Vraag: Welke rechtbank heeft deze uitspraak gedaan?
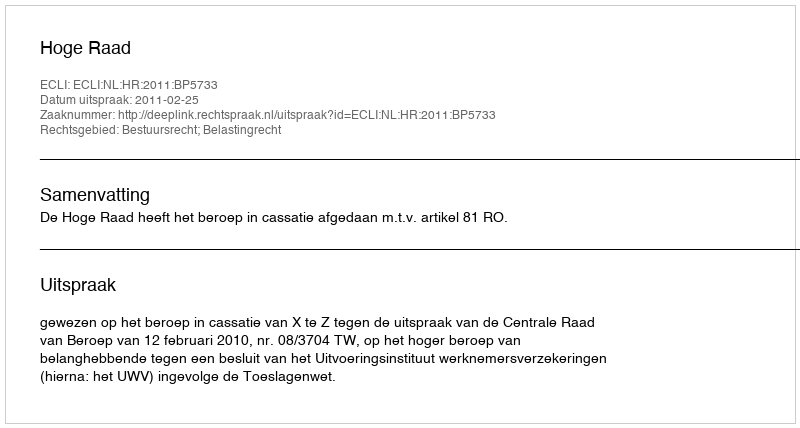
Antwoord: Hoge Raad